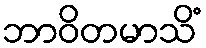
ဘာဝိတမာသိံ